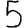
Digit: 5